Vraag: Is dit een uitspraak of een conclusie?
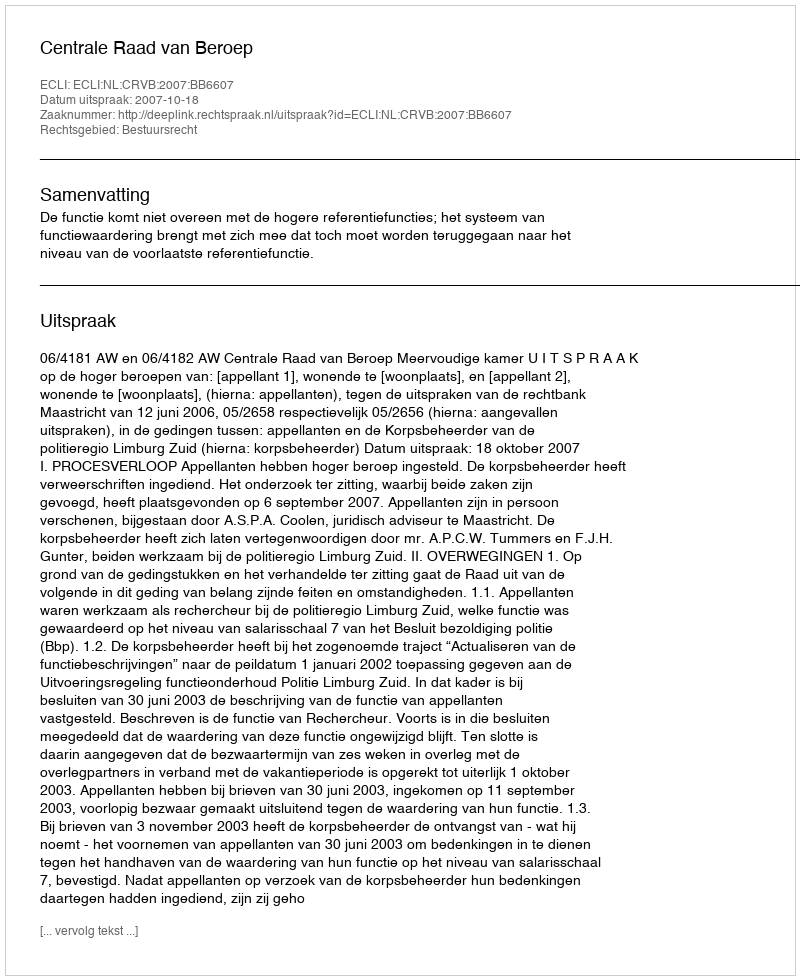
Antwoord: Uitspraak